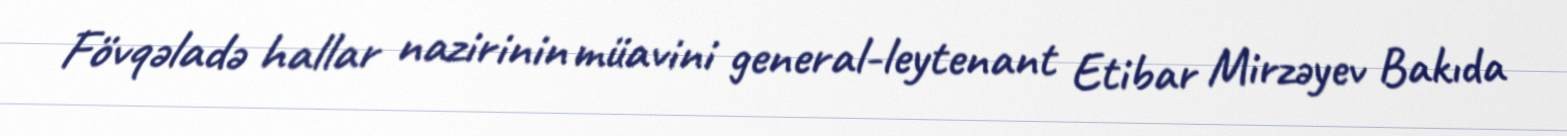
Fövqəladə hallar nazirinin müavini general-leytenant Etibar Mirzəyev Bakıda